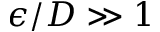
\epsilon / D \gg 1